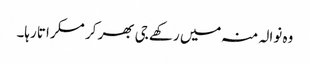
وہ نوالہ منہ میں رکھے جی بھر کر مسکراتا رہا۔